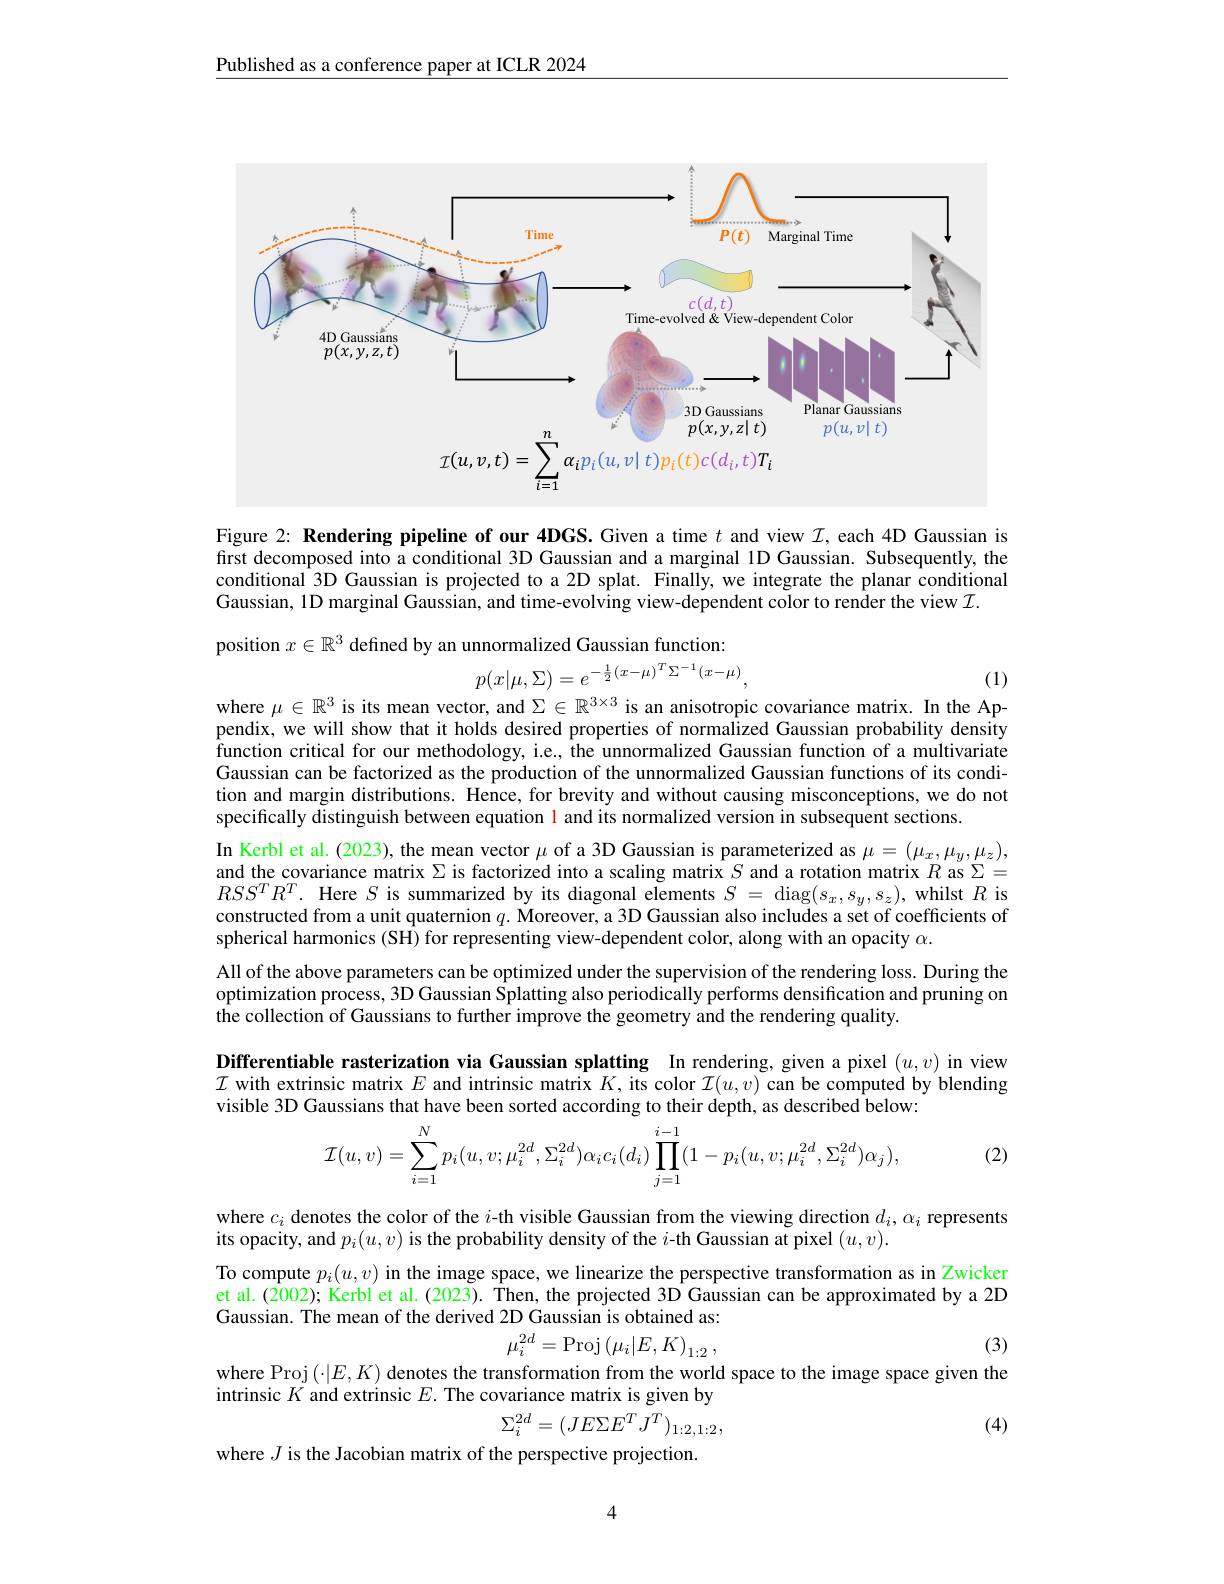
Published as a conference paper at ICLR 2024

<FigureHere>

Figure 2: Rendering pipeline of our 4DGS. Given a time $t$ and view $\mathcal{I}$, each 4D Gaussian is first decomposed into a conditional 3D Gaussian and a marginal 1D Gaussian. Subsequently, the conditional 3D Gaussian is projected to a 2D splat. Finally, we integrate the planar conditional Gaussian, 1D marginal Gaussian, and time-evolving view-dependent color to render the view $\mathcal{I}.$

position $x\in\mathbb{R}^3$ defined by an unnormalized Gaussian function:
$$p(x|\mu,\Sigma)=e^{-\frac{1}{2}(x-\mu)^{T}\Sigma^{-1}(x-\mu)},$$
where $\mu\in\mathbb{R}^3$ is its mean vector, and $\Sigma\in\mathbb{R}^{3\times3}$ is an anisotropic covariance matrix. In the Ap-

(1)

pendix, we will show that it holds desired properties of normalized Gaussian probability density function critical for our methodology, i.e., the unnormalized Gaussian function of a multivariate Gaussian can be factorized as the production of the unnormalized Gaussian functions of its condition and margin distributions. Hence, for brevity and without causing misconceptions, we do not specifically distinguish between equation l and its normalized version in subsequent sections.
In Kerbl et al. (2023), the mean vector $\mu$ of a 3D Gaussian is parameterized as $\mu=(\mu_x,\mu_y,\mu_z)$, and the covariance matrix $\Sigma$ is factorized into a scaling matrix $S$ and a rotation matrix $R$ as $\Sigma=$ $RSS^{T}R^{T}.$ Here $S$ is summarized by its diagonal elements $S=$ diag$(s_x,s_y,s_z)$, whilst $R$ is constructed from a unit quaternion $q.$ Moreover, a 3D Gaussian also includes a set of coefficients of spherical harmonics (SH) for representing view-dependent color, along with an opacity $\alpha.$
All of the above parameters can be optimized under the supervision of the rendering loss. During the optimization process, 3D Gaussian Splatting also periodically performs densification and pruning on the collection of Gaussians to further improve the geometry and the rendering quality.
Differentiable rasterization via Gaussian splatting In rendering, given a pixel $(u,v)$ in view $\mathcal{I}$ with extrinsic matrix $E$ and intrinsic matrix $K$, its color $\mathcal{I}(u,v)$ can be computed by blending visible 3D Gaussians that have been sorted according to their depth, as described below:
$$\mathcal{I}(u,v)=\sum_{i=1}^{N}p_{i}(u,v;\mu_{i}^{2d},\Sigma_{i}^{2d})\alpha_{i}c_{i}(d_{i})\prod_{j=1}^{i-1}(1-p_{i}(u,v;\mu_{i}^{2d},\Sigma_{i}^{2d})\alpha_{j}),$$
(2)

where $c_i$ denotes the color of the $i$-th visible Gaussian from the viewing direction $d_i,\alpha_i$ represents
its opacity, and $p_i(u,v)$ is the probability density of the $i$-th Gaussian at pixel $(u,v).$
To compute $p_i(u,v)$ in the image space, we linearize the perspective transformation as in Zwicker et al.(2002); Kerbl et al.(2023). Then, the projected 3D Gaussian can be approximated by a 2D Gaussian. The mean of the derived 2D Gaussian is obtained as:
$$\mu_i^{2d}=\mathrm{Proj}\left(\mu_i|E,K\right)_{1:2},$$
(3)

where Proj $(\cdot|E,K)$ denotes the transformation from the world space to the image space given the
intrinsic $K$ and extrinsic $E.$ The covariance matrix is given by
$$\Sigma_i^{2d}=(JE\Sigma E^T\tilde{J^T})_{1:2,1:2},$$
(4)

where $J$ is the Jacobian matrix of the perspective projection.

4